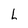
Character: L